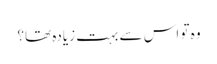
وہ تو اس سے بہت زیادہ تھا؟